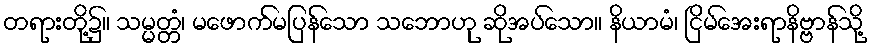
တရားတို့၌။ သမ္မတ္တံ၊ မဖောက်မပြန်သော သဘောဟု ဆိုအပ်သော။ နိယာမံ၊ ငြိမ်အေးရာနိဗ္ဗာန်သို့